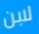
لابن